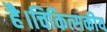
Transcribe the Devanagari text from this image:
है।चिकित्सकीय